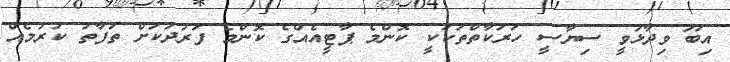
އިބޫ ވިދާޅުވީ ސިޔާސީ ހަރަކާތްތަކަކީ ކޮންމެ ޕާޓީއެއްގެ ކޮންމެ ފަރުދަކަށް ތަފާތު ކުރުމެއް